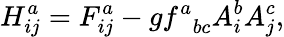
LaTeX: H_{ij}^{a}=F_{ij}^{a}-gf_{\; \; bc}^{a}A_{i}^{b}A_{j}^{c},